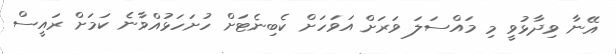
އޭނާ ވިދާޅުވީ މި މައްސަލަ ވަރަށް އަވަހަށް ކެބިނެޓަށް ހުށަހަޅުއްވާނެ ކަމަށް ރައީސް